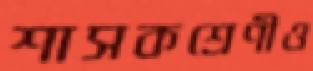
শাসকশ্রেণীও